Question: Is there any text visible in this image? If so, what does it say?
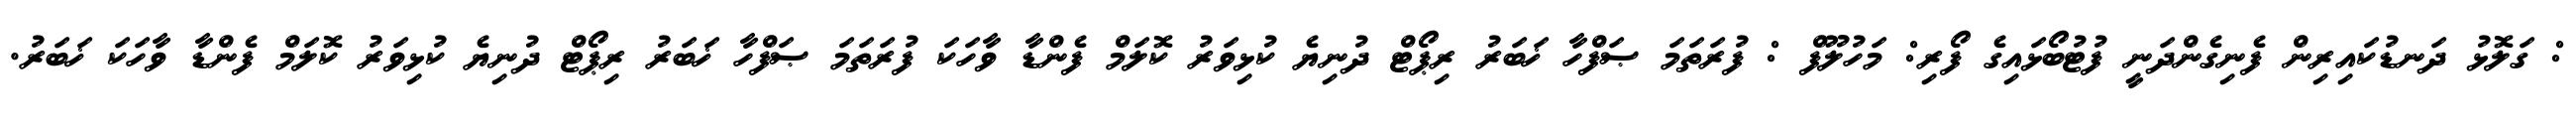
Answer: : ގަލޮޅު ދަނޑުކައިރިން ފެނިގެންދަނީ ފުޓުބޯޅައިގެ ފޯރި: މަހުލޫފް : ފުރަތަމަ ޞަފްހާ ޚަބަރު ރިޕޯޓް ދުނިޔެ ކުޅިވަރު ކޮލަމް ފެންޑާ ވާހަކަ ފުރަތަމަ ޞަފްހާ ޚަބަރު ރިޕޯޓް ދުނިޔެ ކުޅިވަރު ކޮލަމް ފެންޑާ ވާހަކަ ޚަބަރު.